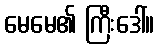
မေမေ၏ ကြီးဒေါ်။